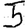
Digit: 5